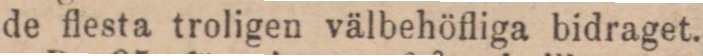
de flesta troligen välbehöfliga bidraget.